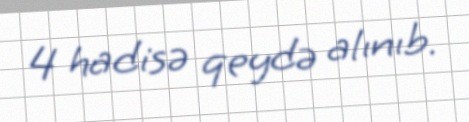
4 hadisə qeydə alınıb.